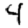
Digit: 4